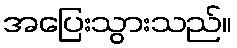
အပြေးသွားသည်။